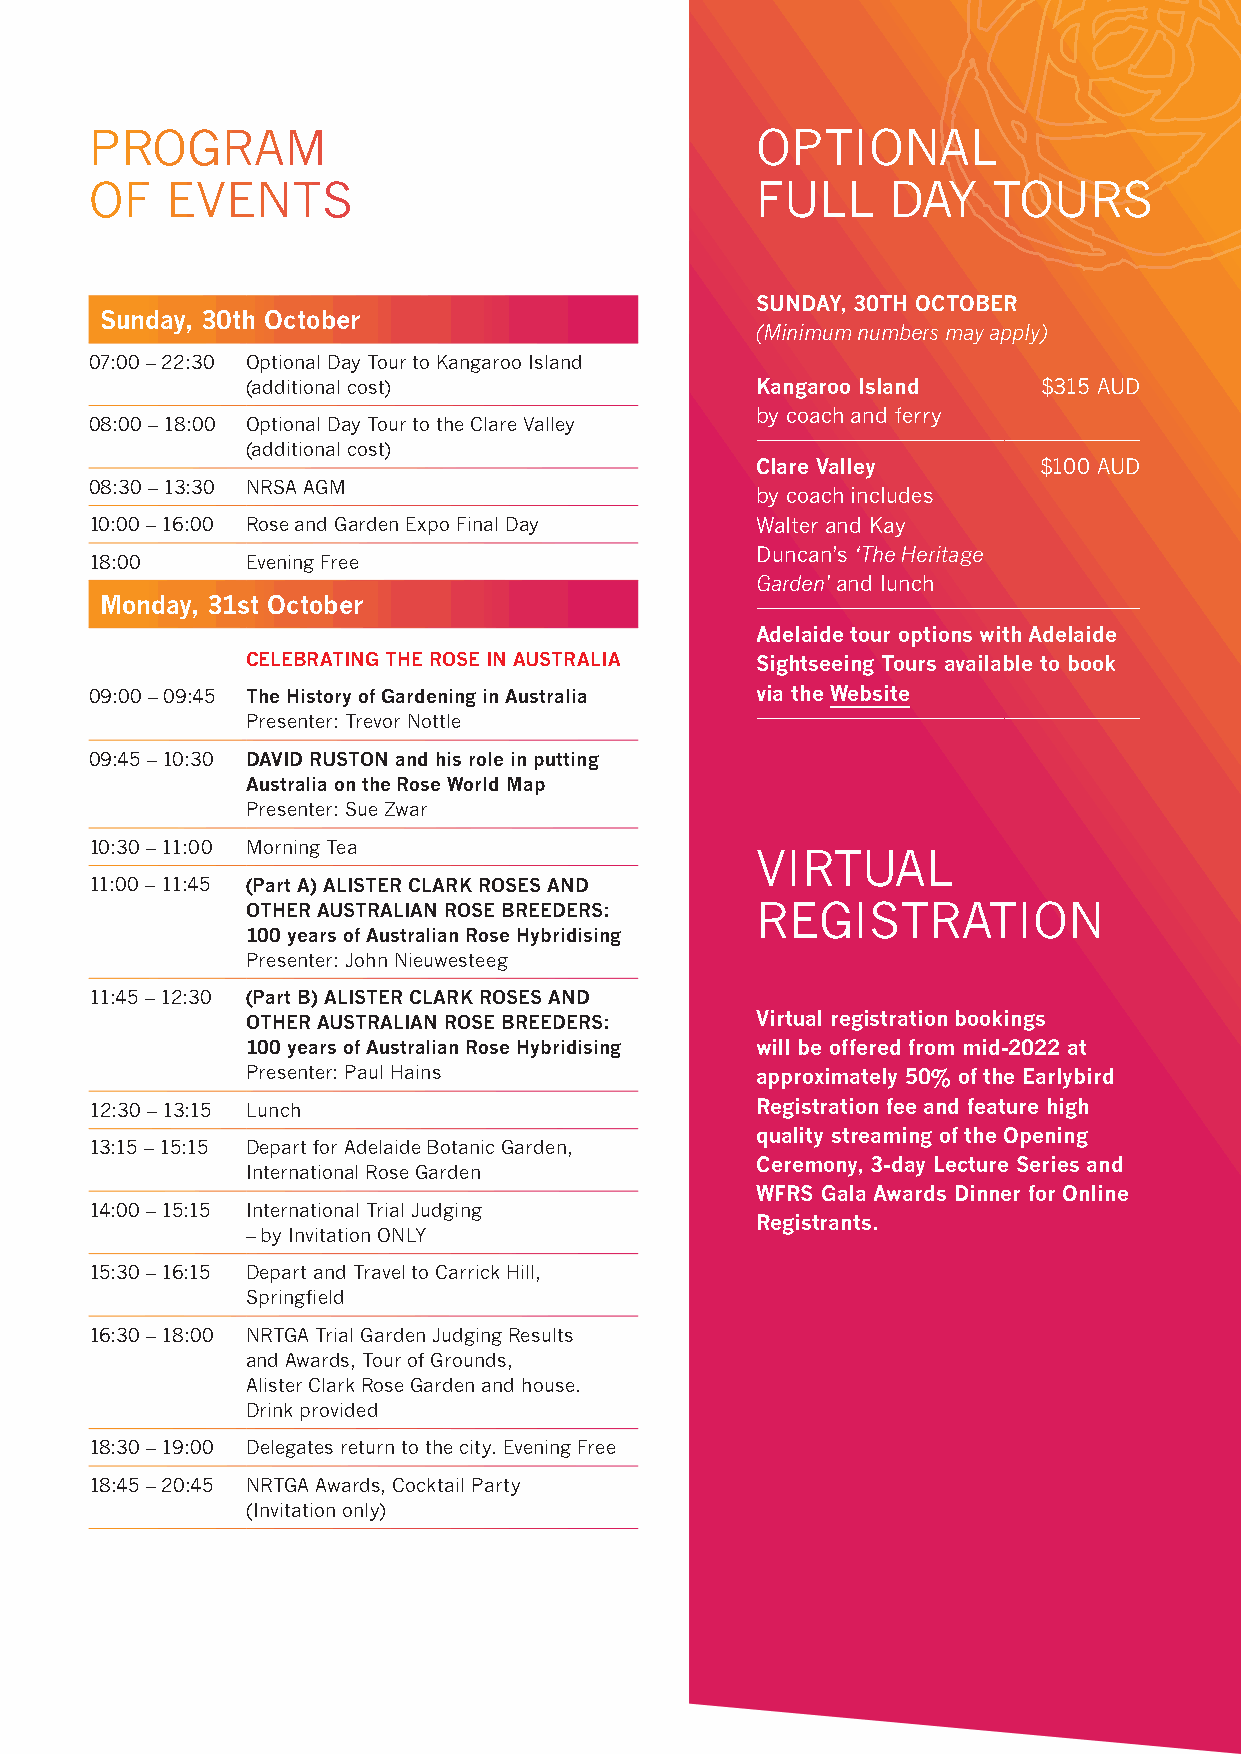
PROGRAM                                     OPTIONAL
 OF   EVENTS                                 FULL     DAY    TOURS
 SUNDAY, 30TH OCTOBER
 Sunday, 30th October
 (Minimum numbers may apply)
 07:00 – 22:30 Optional Day Tour to Kangaroo Island
 (additional cost)                 Kangaroo Island    $315 AUD
 by coach and ferry
 08:00 – 18:00 Optional Day Tour to the Clare Valley
 (additional cost)
 Clare Valley       $100 AUD
 08:30 – 13:30 NRSA AGM
 by coach includes
 10:00 – 16:00 Rose and Garden Expo Final Day Walter and Kay
 Duncan’s ‘The Heritage
 18:00     Evening Free
 Garden’ and lunch
 Monday, 31st October
 Adelaide tour options with Adelaide
 CELEBRATING THE ROSE IN AUSTRALIA Sightseeing Tours available to book
 09:00 – 09:45 The History of Gardening in Australia via the Website
 Presenter: Trevor Nottle
 09:45 – 10:30 DAVID RUSTON and his role in putting
 Australia on the Rose World Map
 Presenter: Sue Zwar
 10:30 – 11:00 Morning Tea
 VIRTUAL
 11:00 – 11:45 (Part A) ALISTER CLARK ROSES AND
 OTHER AUSTRALIAN ROSE BREEDERS:   REGISTRATION
 100 years of Australian Rose Hybridising
 Presenter: John Nieuwesteeg
 11:45 – 12:30 (Part B) ALISTER CLARK ROSES AND
 OTHER AUSTRALIAN ROSE BREEDERS:   Virtual registration bookings
 100 years of Australian Rose Hybridising will be offered from mid-2022 at
 Presenter: Paul Hains             approximately 50% of the Earlybird
 12:30 – 13:15 Lunch                         Registration fee and feature high
 quality streaming of the Opening
 13:15 – 15:15 Depart for Adelaide Botanic Garden,
 Ceremony, 3-day Lecture Series and
 International Rose Garden
 WFRS Gala Awards Dinner for Online
 14:00 – 15:15 International Trial Judging
 Registrants.
 – by Invitation ONLY
 15:30 – 16:15 Depart and Travel to Carrick Hill,
 Springfield
 16:30 – 18:00 NRTGA Trial Garden Judging Results
 and Awards, Tour of Grounds,
 Alister Clark Rose Garden and house.
 Drink provided
 18:30 – 19:00 Delegates return to the city. Evening Free
 18:45 – 20:45 NRTGA Awards, Cocktail Party
 (Invitation only)